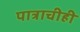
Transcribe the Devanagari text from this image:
पात्राचीही